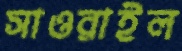
সাওরাইল